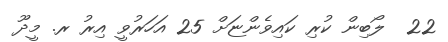
22  ލޯބިން ކުރި ކައިވެންޏަށް 25 އަހަރުވީ އިރު ރ. މީދޫ